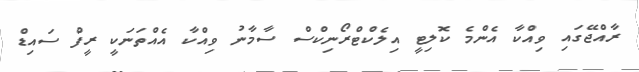
ރާއްޖޭގައި ވިއްކާ އެންމެ ކޮލިޓީ އިލެކްޓްރޯނިކްސް ސާމާނު ވިއްކާ އެއްތަނަކީ ރީފް ސައިޑް